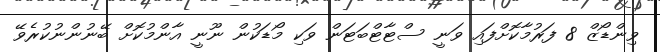
ވިންޑޯޒް 8 ފަރުމާކޮށްފައި ވަނީ ސްޓާޓްބަޓަން ވަކި މޯޑަކުން ނޫނީ އާންމުކޮށް ބޭނުންނުކުރެވޭ